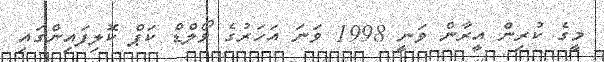
މީގެ ކުރިން އީރާން ވަނީ 1998 ވަނަ އަހަރުގެ ވޯލްޑް ކަޕް ކޮލިފައިންގައި